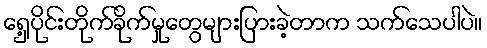
ရှေ့ပိုင်းတိုက်ခိုက်မှုတွေများပြားခဲ့တာက သက်သေပါပဲ။